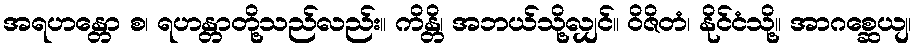
အရဟန္တော စ၊ ရဟန္တာတို့သည်လည်း။ ကိန္တိ၊ အဘယ်သို့လျှင်။ ဝိဇိတံ၊ နိုင်ငံသို့။ အာဂစ္ဆေယျ၊